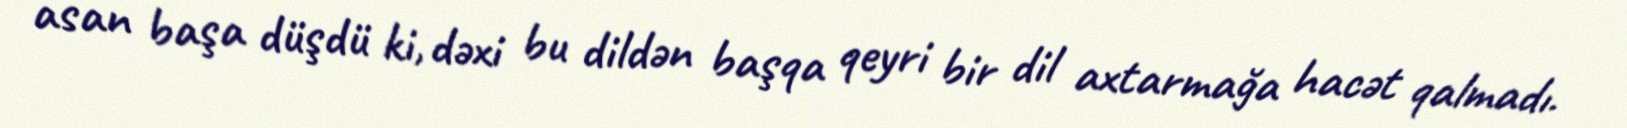
asan başa düşdü ki, dəxi bu dildən başqa qeyri bir dil axtarmağa hacət qalmadı.